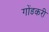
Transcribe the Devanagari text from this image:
गोंडकरी